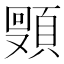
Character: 𬱈